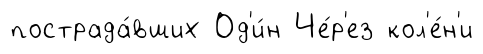
пострада́вших Од'и́н Че́р'ез кол'е́н'и